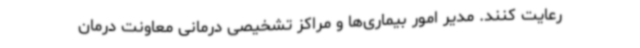
رعایت کنند. مدیر امور بیماری‌ها و مراکز تشخیصی درمانی معاونت درمان